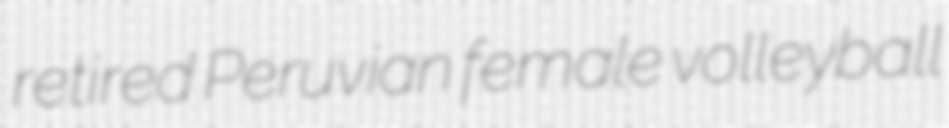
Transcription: retired Peruvian female volleyball